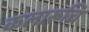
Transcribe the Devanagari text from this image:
कलारूचि